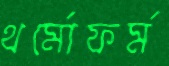
থর্মোফর্ম